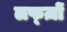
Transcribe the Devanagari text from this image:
लफ्ज़ों